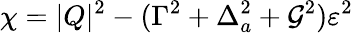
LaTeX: \chi=|Q|^{2}-(\Gamma^{2}+\Delta_{a}^{2}+\mathcal{G}^{2})\varepsilon^{2}